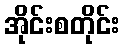
အိုင်းစတိုင်း